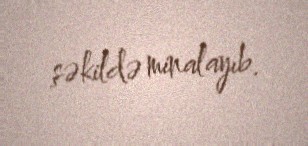
şəkildə minalayıb.